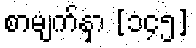
စာမျက်နှာ [၁၄၅]